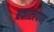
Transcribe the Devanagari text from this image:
बकालपण